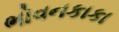
ભોવનકાકા